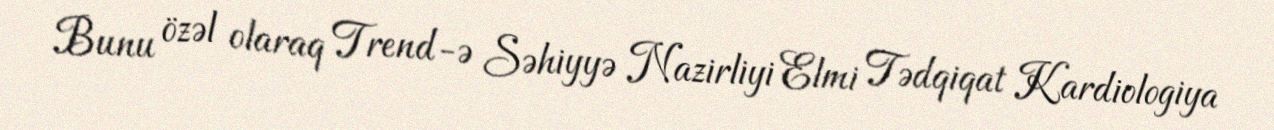
Bunu özəl olaraq Trend-ə Səhiyyə Nazirliyi Elmi Tədqiqat Kardiologiya